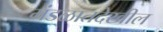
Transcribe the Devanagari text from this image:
मंडळातदेखील